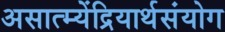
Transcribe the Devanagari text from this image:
असात्म्येंद्रियार्थसंयोग